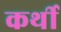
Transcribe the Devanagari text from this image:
कर्थी